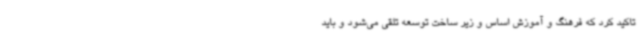
تاکید کرد که فرهنگ و آموزش اساس و زیر ساخت توسعه تلقی می‌شود و باید